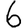
Digit: 6